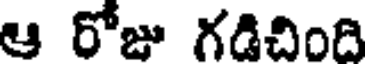
ఆ రోజు గడిచింది